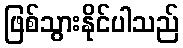
ဖြစ်သွားနိုင်ပါသည်